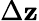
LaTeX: \Delta\mathbf{z}